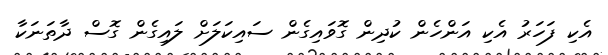
އެކި ފަހަރު އެކި އަންހެން ކުދިން ގޮވައިގެން ސައިކަލަށް ލައިގެން ގޮސް ދާތަނަކާ